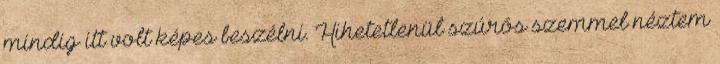
mindig itt volt képes beszélni. Hihetetlenül szúrós szemmel néztem